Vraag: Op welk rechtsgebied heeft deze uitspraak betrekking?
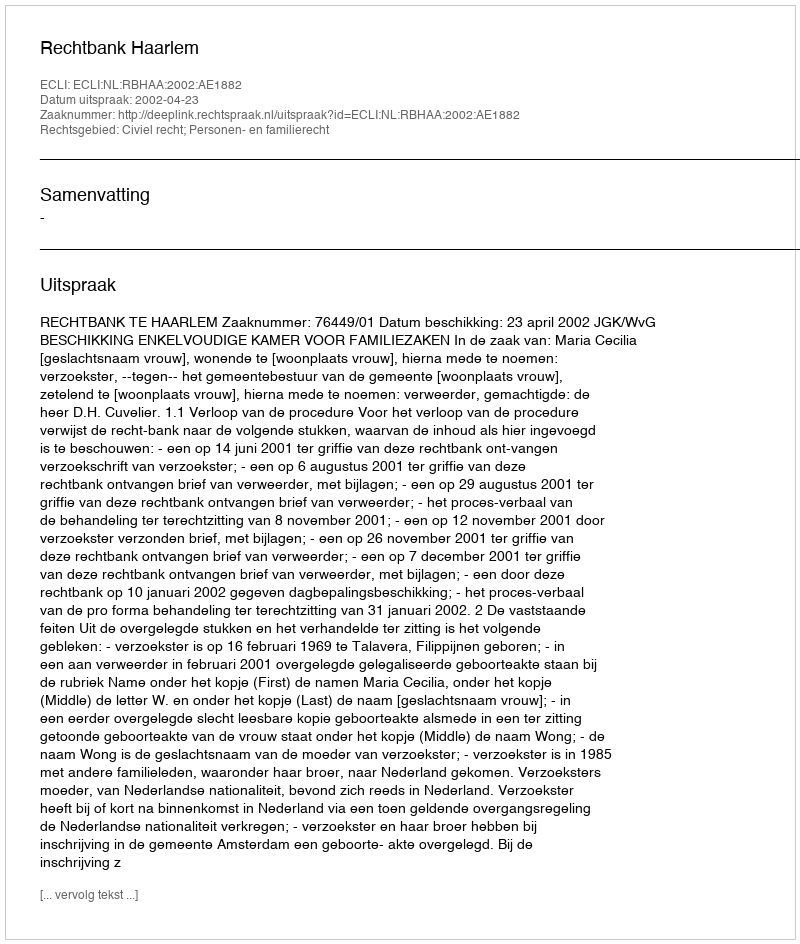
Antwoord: Civiel recht; Personen- en familierecht